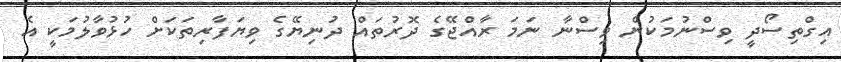
އިގްތިސޯދީ ވިސްނުމަކުން ވިސްނާ ނަމަ ރާއްޖޭގެ ދޮރުތައް ދުނިޔޭގެ ވިޔަފާރިތަކަށް ހުޅުވާލުމަކީ އެ